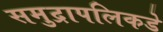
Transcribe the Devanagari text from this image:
समुद्रापलिकडे